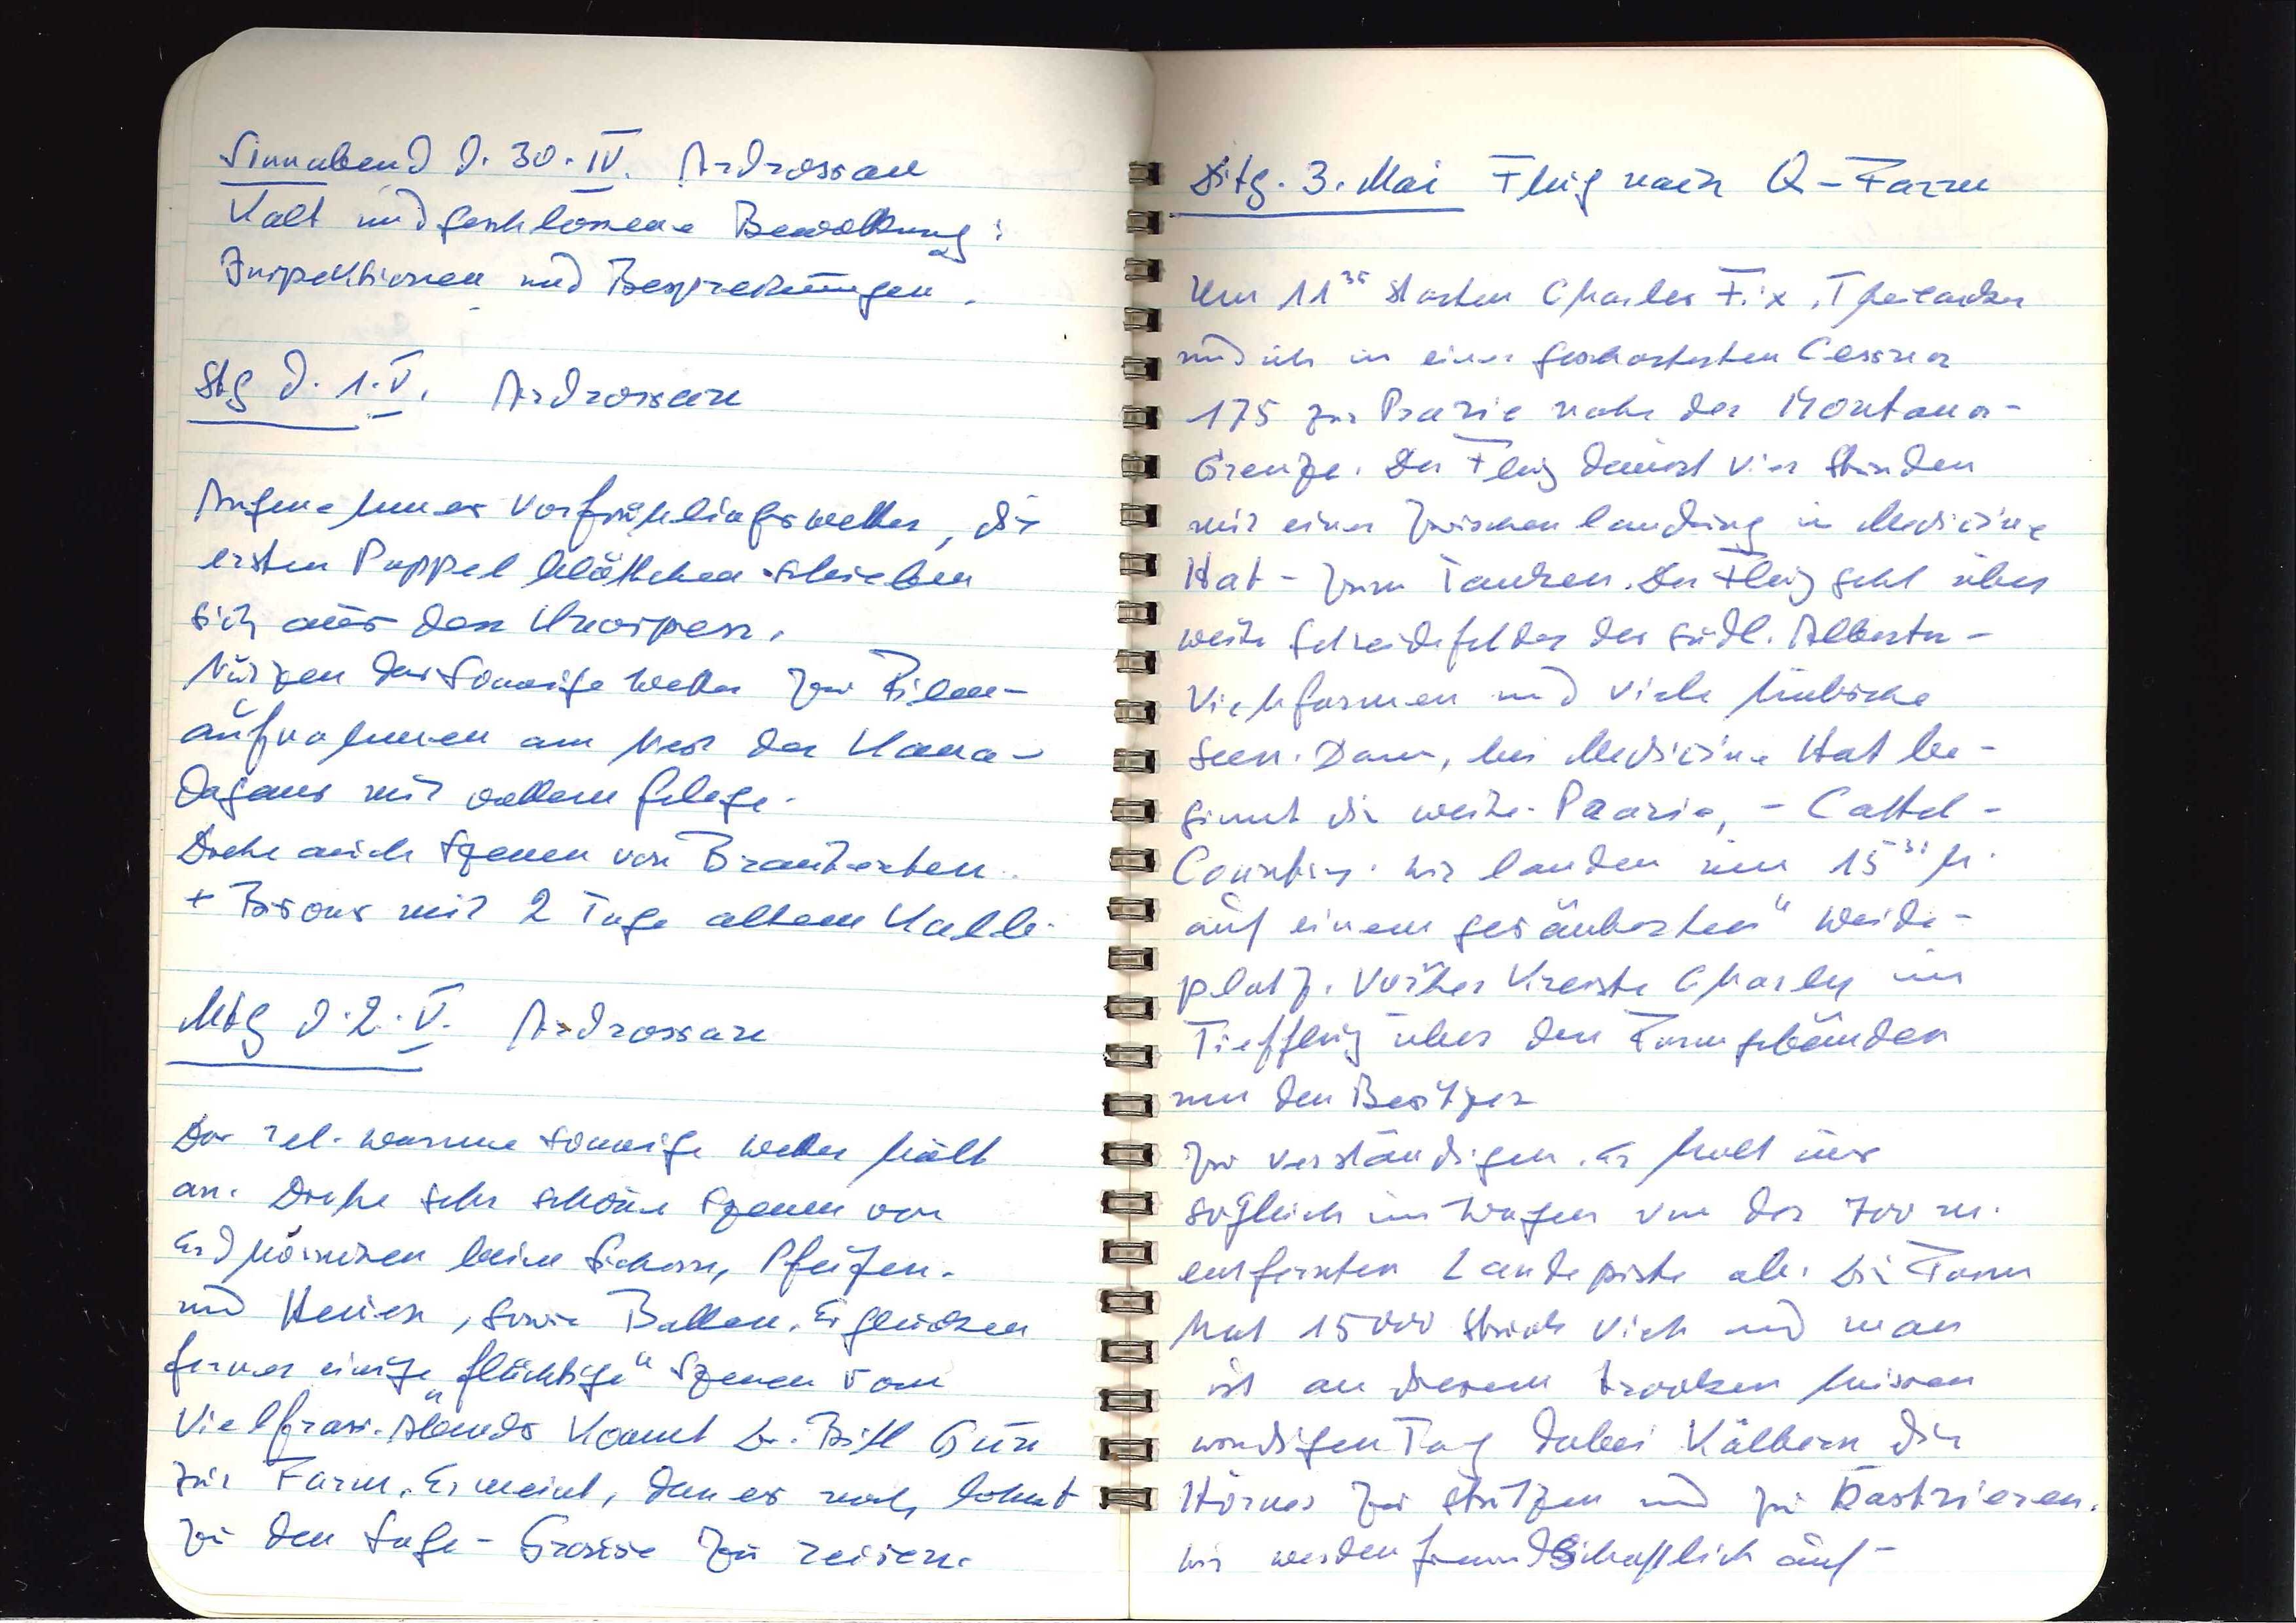
Sonnabend d. 30.IV. Ardrossan
Kalt und geschlossene Bewölkung:
Inspektionen und Besprechungen.
Stg d. 1.V. Ardrossan
Angenehmes Vorfrühlingswetter, die
ersten Pappelblättchen schieben
sich aus den Knospen.
Nutzen das sonnige Wetter zu Film¬
aufnahmen am Nest der Kana¬
dagans mit vollem Gelege.
Drehe auch Szenen von Brandenten
+ Bisons mit 2 Tage altem Kalb.
Mtg d. 2.V. Ardrossan
Das rel. warme sonnige Wetter hält
an. Drehe sehr schöne Szenen von
Erdhörnchen beim Gickern, Pfeifen
und Heuen, sowie Ballen. Es glücken
ferner einige "flüchtige" Szenen vom
Vielfrass. Abends kommt Dr. Bill Gun
zur Farm. Er meint, dass es noch lohnt
zu den Sage-Grouse zu reisen.

Ditg. 3. Mai Flug nach Q-Farm
Um 1135 starten Charles Fix, Theilacker
und ich in einer gecharterten Cessna
175 zur Prärie nahe der Montana
Grenze. Der Flug dauert vier Stunden
mit einer Zwischenlandung in Medicine
Hat — zum Tanken. Der Flug geht über
weite Getreidefelder der südl. Alberta-
Viehfarmen und viele hübsche
Seen. Dann, bei Medicine Hat be¬
ginnt die weite Prärie, — Cattel-
Country. Wir landen um 1530 h.
auf einem "gesäuberten" Weide¬
platz. Vorher kreiste Charly im
Tiefflug über den Farmgebäuden
um den Besitzer
zu verständigen. Er holt uns
sogleich im Wagen von der 700m
entfernten Landepiste ab. Die Farm
hat 15000 Stück Vieh und man
ist an diesem trocken heissen
wolkigen Tag dabei Kälbern die
Hörner zu stutzen und zu kastrieren.
Wir werden freundschaftlich auf¬